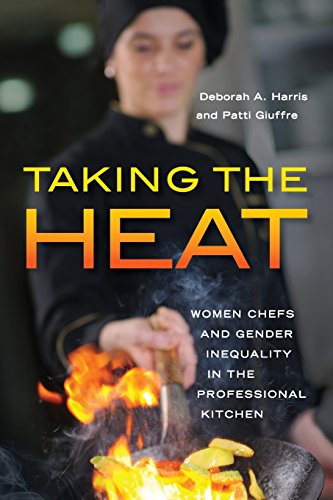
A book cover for Taking the Heat: Women Chefs and Gender Inequality in the Professional Kitchen; Deborah A. Harris; Cookbooks, Food & Wine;